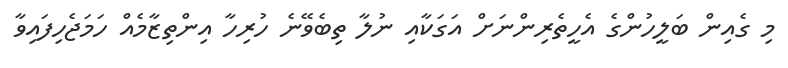
މި ގެއިން ބަލީހުންގެ އެހީތެރިންނަށް އަގަކާއި ނުލާ ތިބެވޭނެ ހުރިހާ އިންތިޒާމެއް ހަމަޖެހިފައިވާ